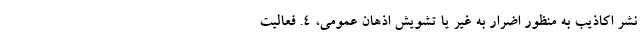
نشر اکاذیب به منظور اضرار به غیر یا تشویش اذهان عمومی، ۴. فعالیت